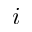
i